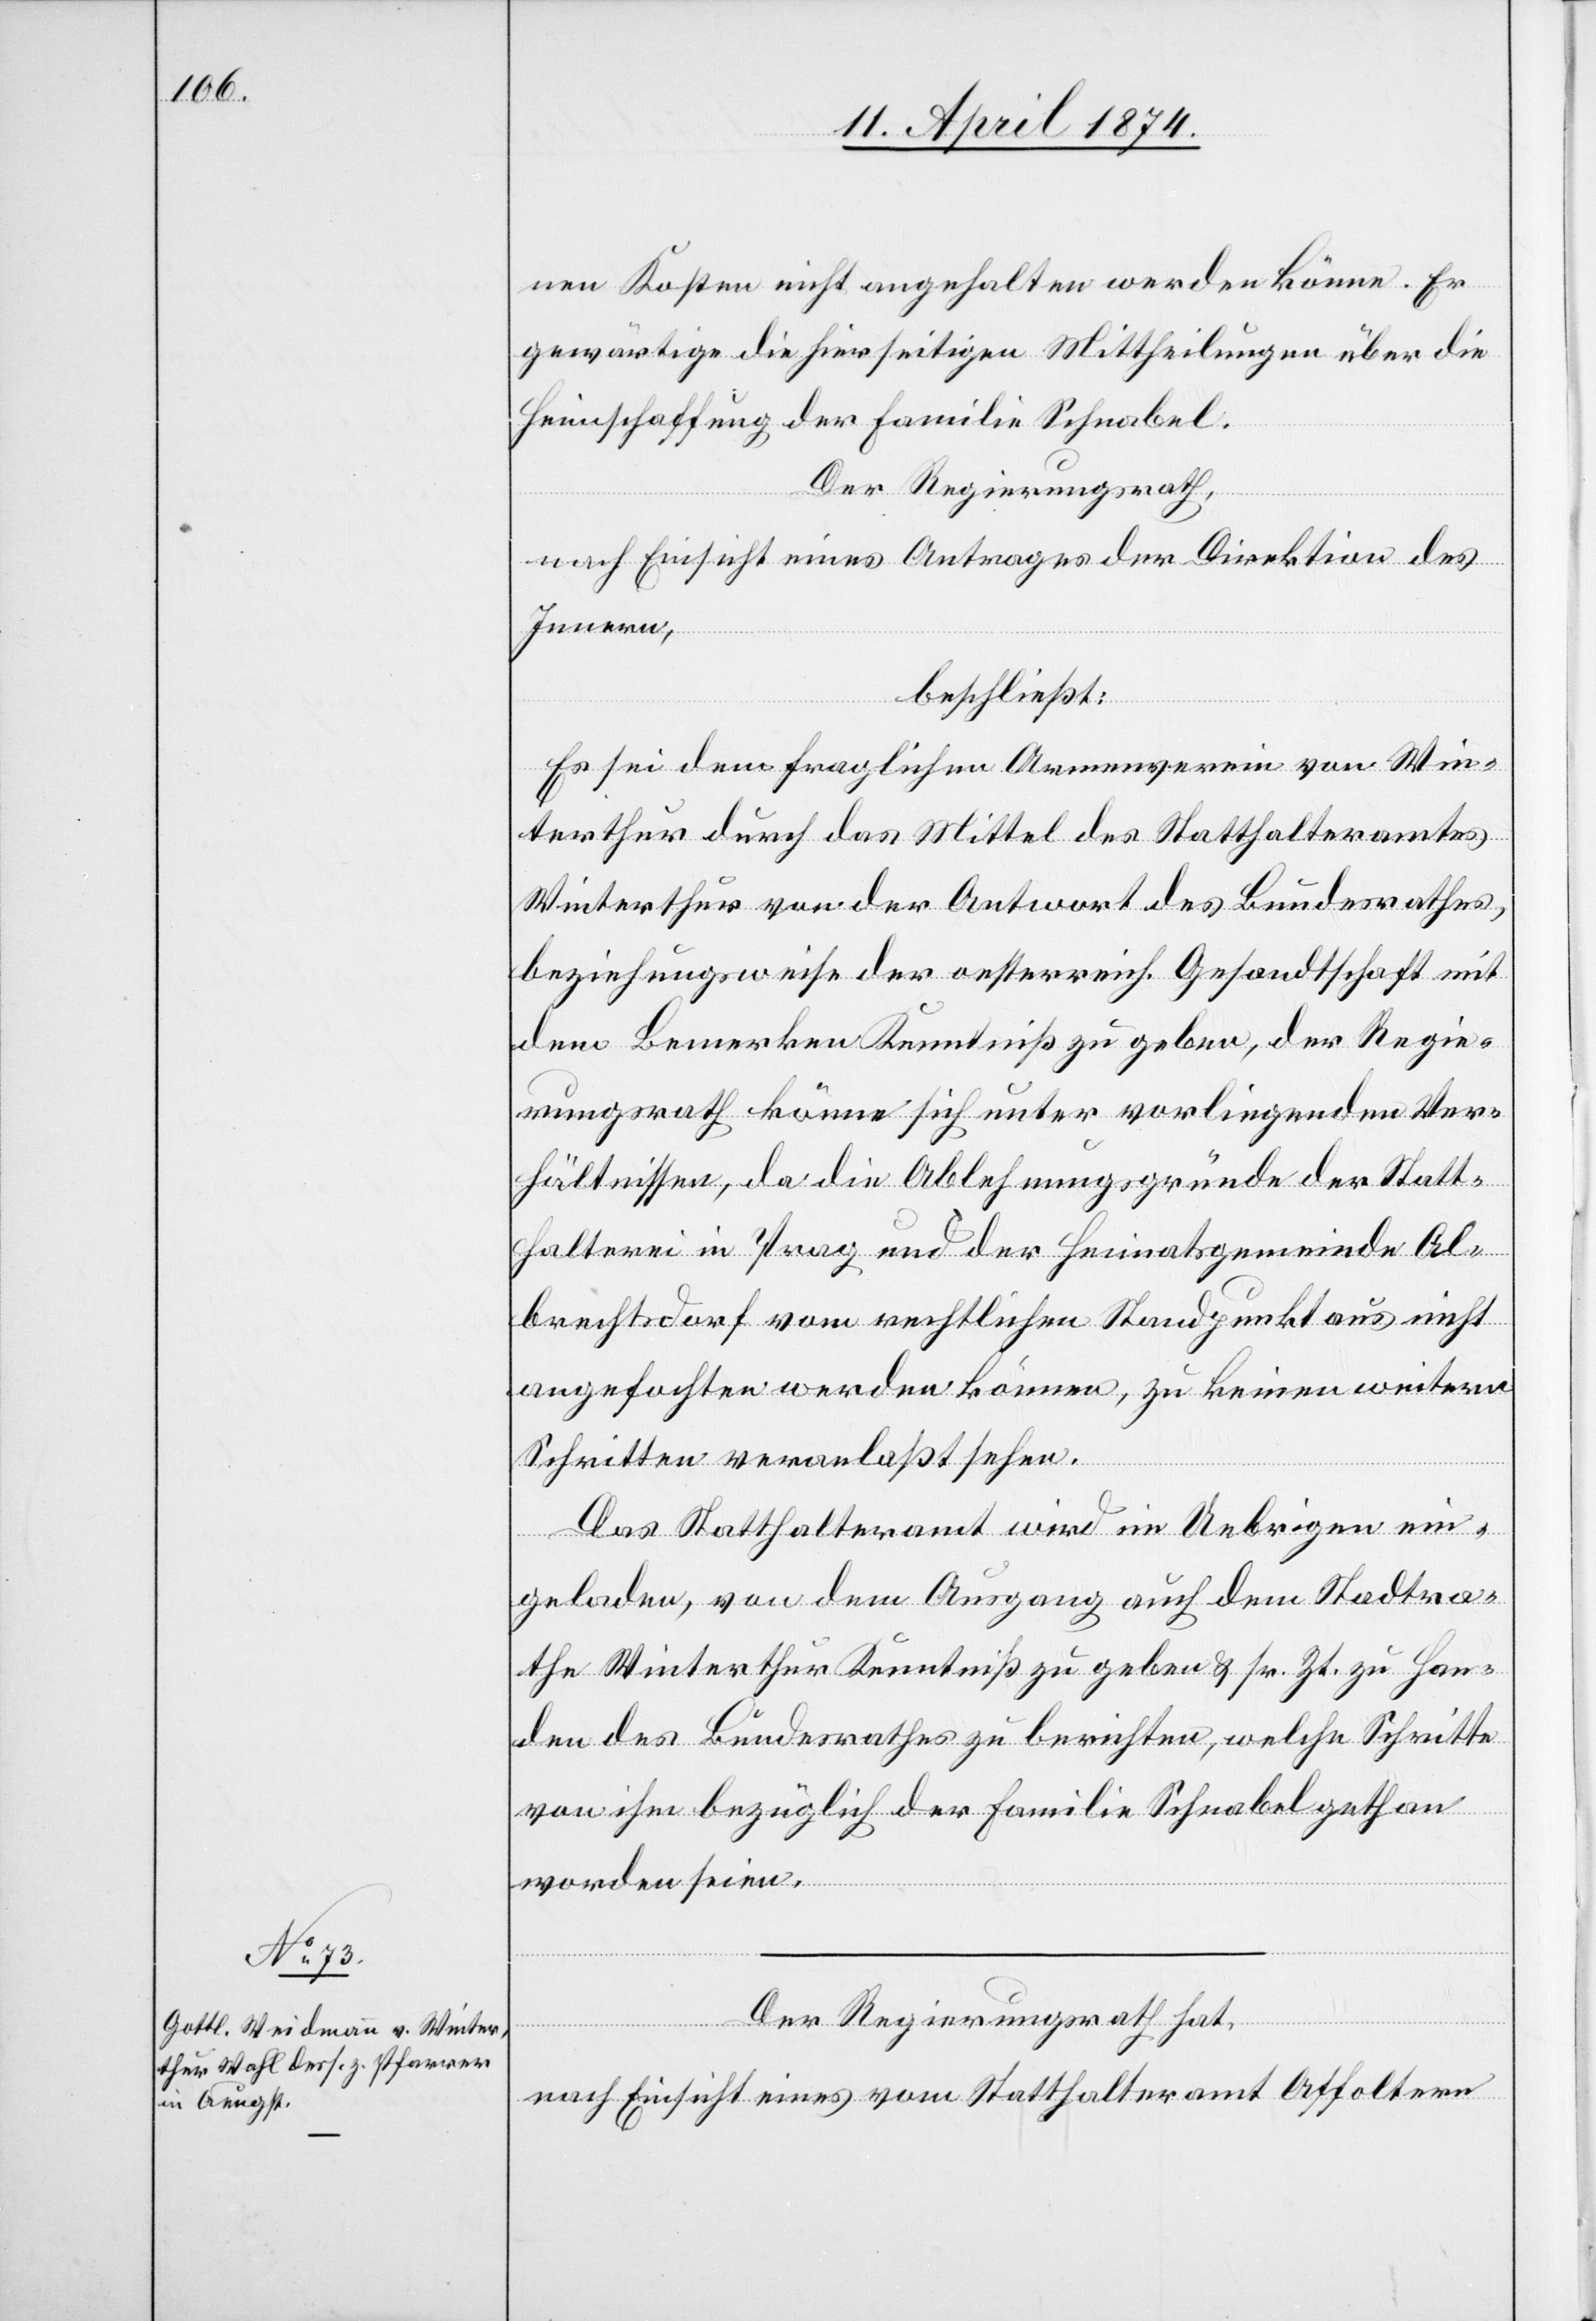
nen Kosten nicht angehalten werden könne. Er
gewärtige die hierseitigen Mittheilungen über die
Heimschaffung der Familie Schnabel.
Der Regierungsrath,
nach Einsicht eines Antrages der Direktion des
Innern,
beschließt:
Es sei dem fraglichen Armenverein von Win¬
terthur durch das Mittel des Statthalteramtes
Winterthur von der Antwort des Bundesrathes,
beziehungsweise der oesterreich. Gesandtschaft mit
dem Bemerken Kenntniß zu geben, der Regie¬
rungsrath könne sich unter vorliegenden Ver¬
hältnissen, da die Ablehnungsgründe der Statt¬
halterei in Prag und der Heimatsgemeinde Al¬
brechtsdorf vom rechtlichen Standpunkt aus nicht
angefochten werden können, zu keinen weitern
Schritten veranlaßt sehen.
Das Statthalteramt wird im Uebrigen ein¬
geladen, von dem Ausgang auch dem Stadtra¬
the Winterthur Kenntniß zu geben u. sr. Zt. zu Han¬
den des Bundesrathes zu berichten, welche Schritte
von ihm bezüglich der Familie Schnabel gethan
worden seien.
Der Regierungsrath hat,
nach Einsicht eines vom Statthalteramt Affoltern